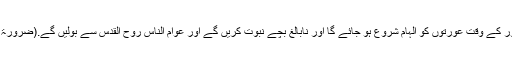
جھوٹ بولنا اور گوہ کھانا برابر ہے)
احادیث نبویہ میں لکھا ہے کہ مسیح کے ظہور کے وقت عورتوں کو الہام شروع ہو جائے گا اور نابالغ بچے نبوت کریں گے اور عوام الناس روح القدس سے بولیں گے.(ضرورۃ الامام، روحانی خزائن جلد 19 صفحہ 475)
(یہ احادیث کہاں ہیں ہمیں بھی کوئی بتائے؟